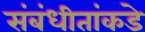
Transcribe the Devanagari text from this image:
संबंधीतांकडे